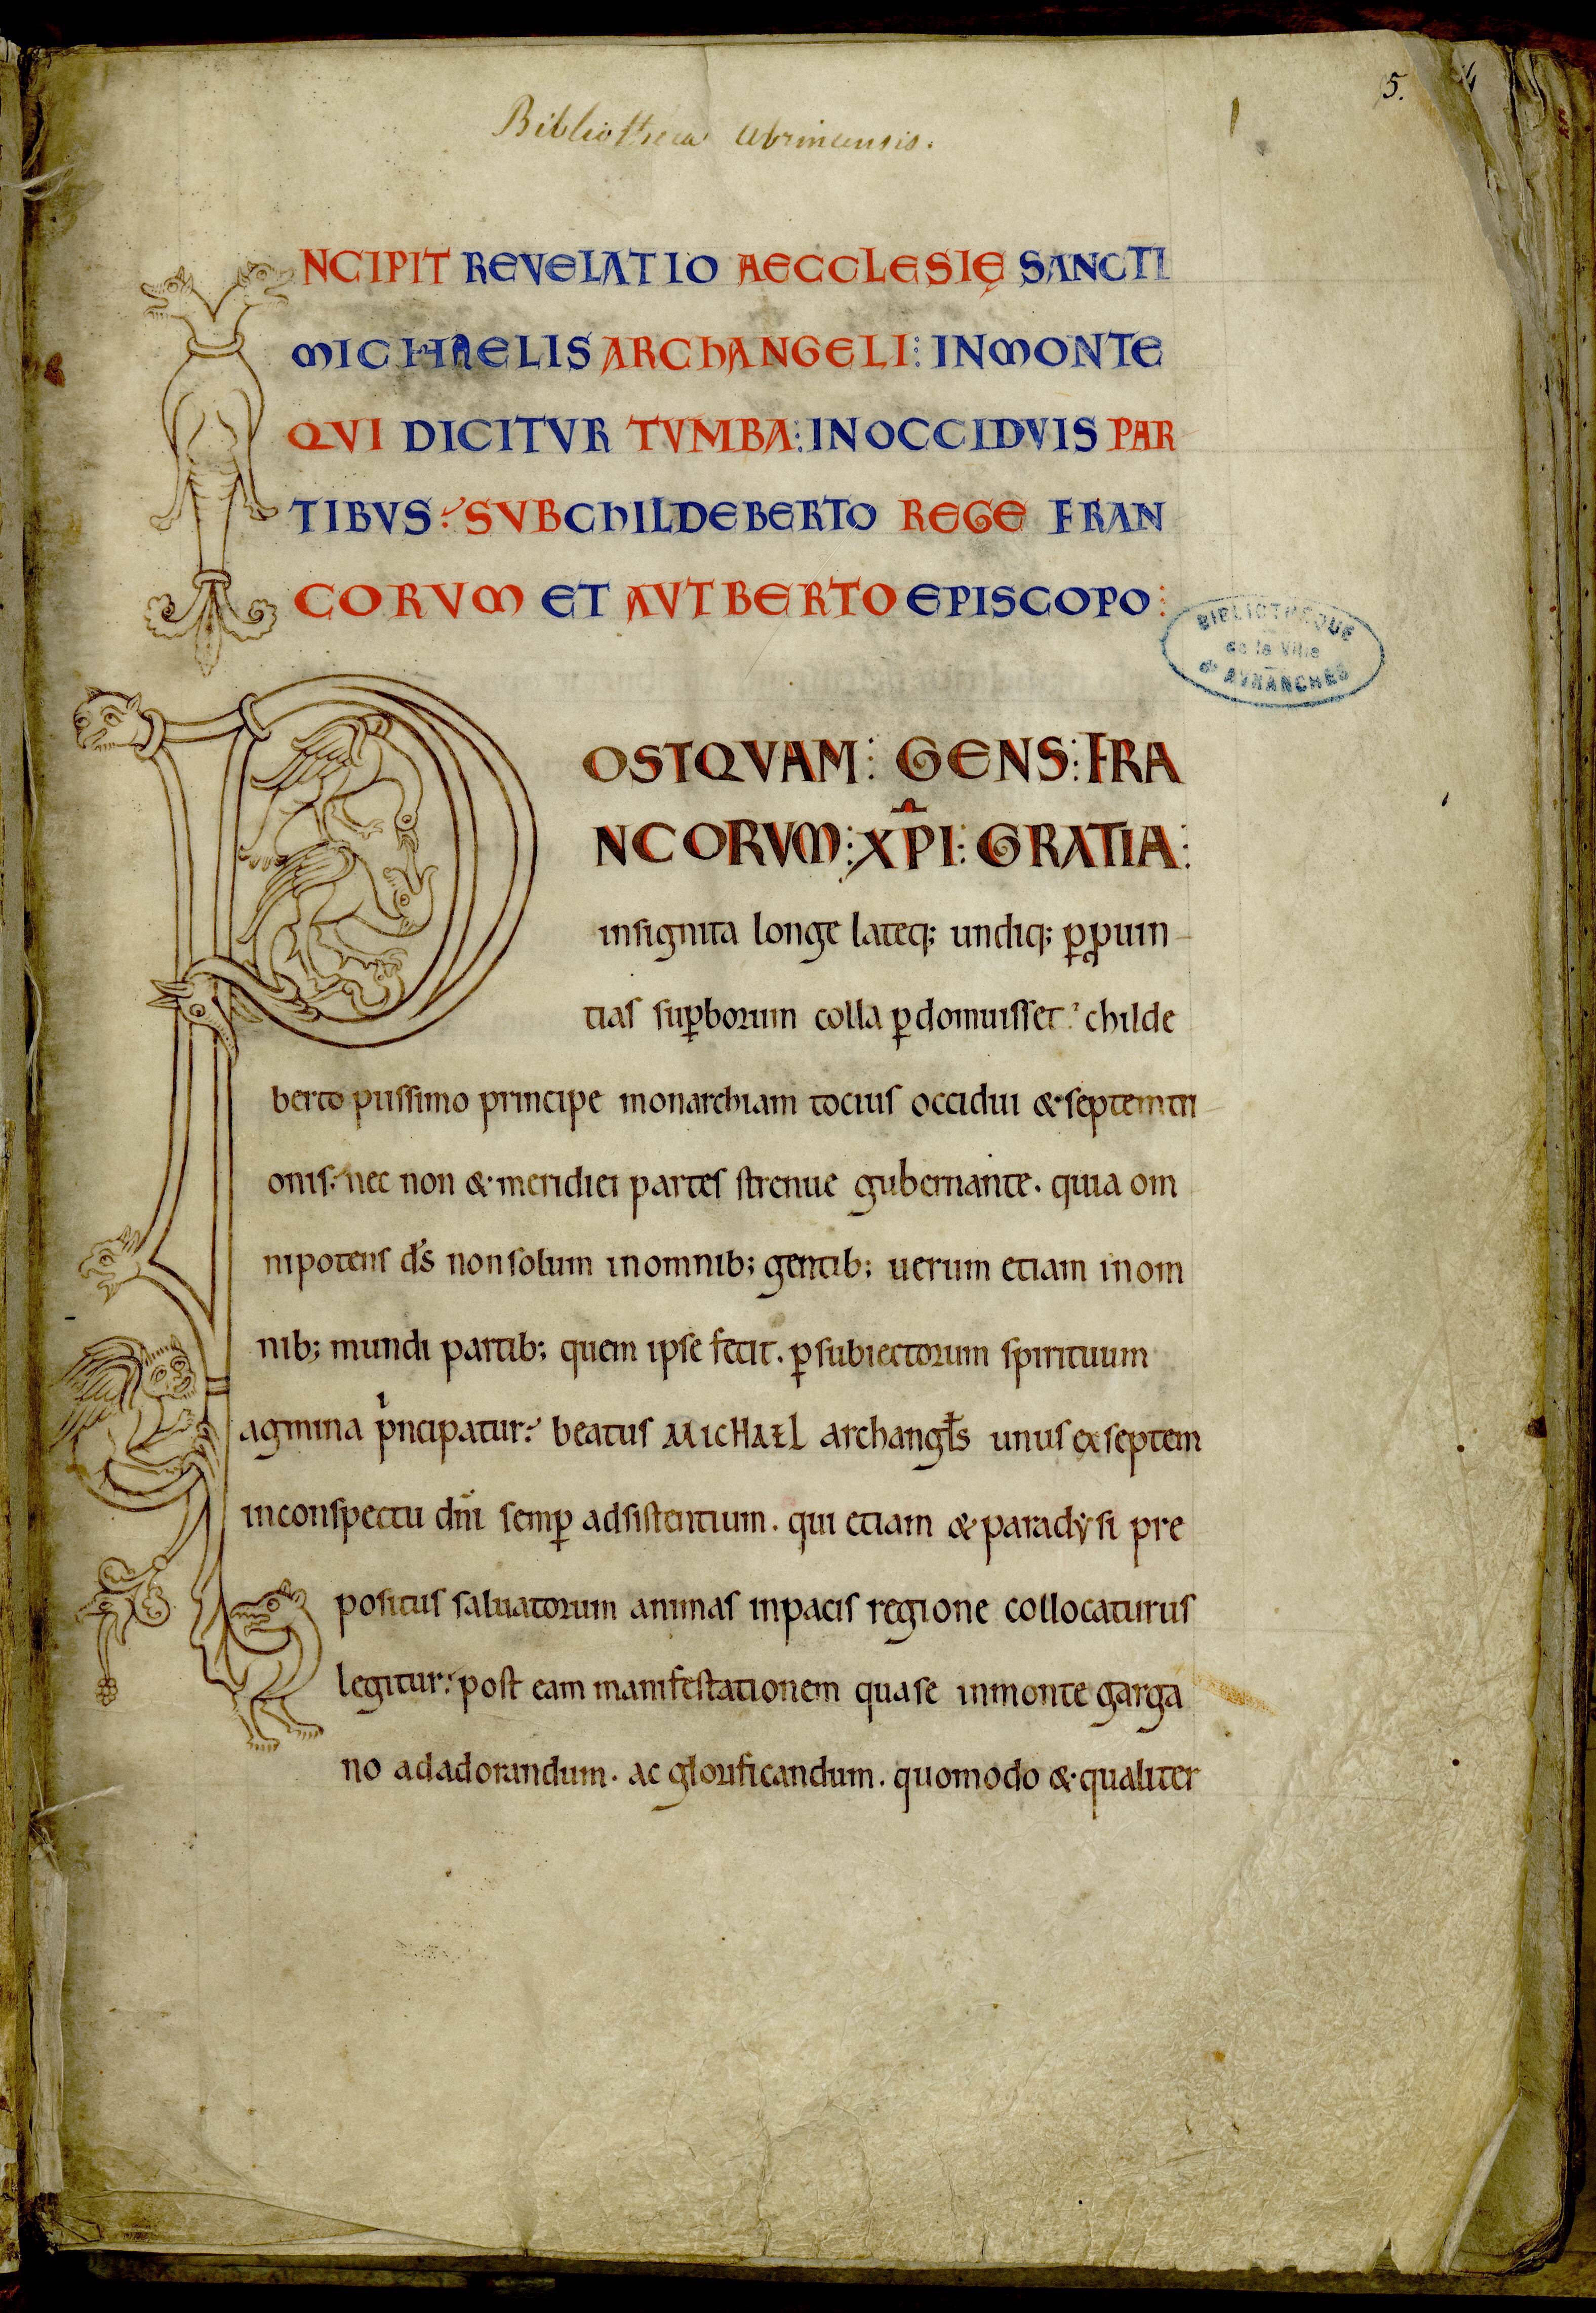
Shelfmark: Avranches, Bibliothèque municipale, 0210
Century: 12